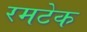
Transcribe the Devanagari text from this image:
रमटेक